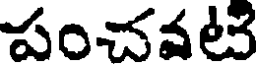
పంచవటి